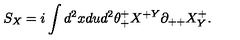
S _ { X } = i \int d ^ { 2 } x d u d ^ { 2 } \theta _ { + } ^ { + } X ^ { + Y } \partial _ { + + } X _ { Y } ^ { + } .